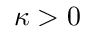
\kappa > 0